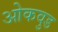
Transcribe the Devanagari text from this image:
ओकवुड